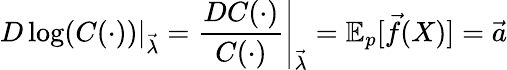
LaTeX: D\log(C(\cdot))\vert_{\vec{\lambda}}=\left.{\frac{DC(\cdot)}{C(\cdot)}}\right|_{\vec{\lambda}}=\mathbb{E}_{p}[{\vec{f}}(X)]={\vec{a}}